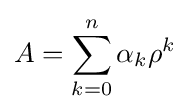
A=\sum _{k=0}^{n}\alpha _{k}\rho ^{k}